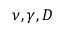
\nu , \gamma , D